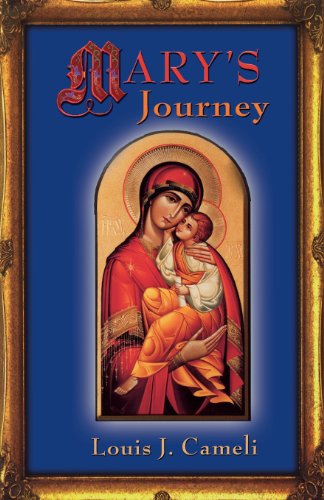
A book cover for Mary's Journey; Louis J. Cameli; Christian Books & Bibles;